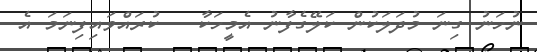
ނުހަނު ގިނަ މުދަލަކުން ކަލޭގެފާނު އެމީހަކާ   ކުރައްވައިފިނަމަ އެ